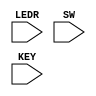
module shifter(LEDR, SW, KEY);

	input [9:0]SW;
	input [3:0]KEY;
	input [7:0]LEDR;

	shifterMain s1(.OutShifter(LEDR[7:0]),.loadVal(SW[7:0]), .reset_n(SW[9]), .load_n(KEY[1]),
			.shift(KEY[2]), .asr(KEY[3]), .clock(KEY[0]));


endmodule

module shifterMain(OutShifter, loadVal, reset_n, load_n, shift, asr, clock);

	input [7:0]loadVal;
	input reset_n;
	input load_n;
	input shift;
	input asr;
	input clock;
	output [7:0]OutShifter;
	wire out0, out1, out2, out3, out4, out5, out6, out7;
	reg in1;

	always @(*)
	begin
		if (asr == 1'b0)
			in1 <= 0;
		else
			in1 <= loadVal[7]; 
	end
	
	shifterBit s0(.Out(out0), .loadBit(loadVal[7]), .in(in1), .shift(shift), 
			.load_n(load_n), .clock(clock), .reset_n(reset_n));

	shifterBit s1(.Out(out1), .loadBit(loadVal[6]), .in(out0), .shift(shift), 
			.load_n(load_n), .clock(clock), .reset_n(reset_n));

	shifterBit s2(.Out(out2), .loadBit(loadVal[5]), .in(out1), .shift(shift), 
			.load_n(load_n), .clock(clock), .reset_n(reset_n));

	shifterBit s3(.Out(out3), .loadBit(loadVal[4]), .in(out2), .shift(shift), 
			.load_n(load_n), .clock(clock), .reset_n(reset_n));

	shifterBit s4(.Out(out4), .loadBit(loadVal[3]), .in(out3), .shift(shift), 
			.load_n(load_n), .clock(clock), .reset_n(reset_n));

	shifterBit s5(.Out(out5), .loadBit(loadVal[2]), .in(out4), .shift(shift), 
			.load_n(load_n), .clock(clock), .reset_n(reset_n));

	shifterBit s6(.Out(out6), .loadBit(loadVal[1]), .in(out5), .shift(shift), 
			.load_n(load_n), .clock(clock), .reset_n(reset_n));

	shifterBit s7(.Out(out7), .loadBit(loadVal[0]), .in(out6), .shift(shift), 
			.load_n(load_n), .clock(clock), .reset_n(reset_n));

	assign OutShifter[7:0] = {out0, out1, out2, out3, out4, out5, out6, out7};

endmodule

module shifterBit(Out, loadBit, in, shift, load_n, clock, reset_n);

	input loadBit, in, shift, load_n, clock, reset_n;
	output Out;
	wire w1;
	wire w2;
	mux2to1 m1(.x(Out), .y(in), .s(shift), .m(w1));
	mux2to1 m2(.x(loadBit), .y(w1), .s(load_n), .m(w2));
	flipflop f1(.q(Out), .clock(clock), .d(w2), .reset_n(reset_n));
	

endmodule

module mux2to1(x, y, s, m);
    input x; //selected when s is 0
    input y; //selected when s is 1
    input s; //select signal
    output m; //output
  
    assign m = s & y | ~s & x;

endmodule

module flipflop( q,clock, d, reset_n);

	input clock;
	input d;
	input reset_n;
	output reg q;

	always @(posedge clock)
	begin
		if (reset_n == 1'b0)
			q <= 1'b0;
		else
			q <= d; 
	end
	
endmodule